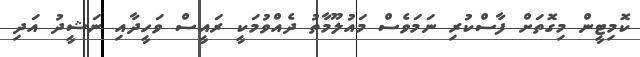
ކޮމިޓީން މިގޮތަށް ފާސްކުރި ނަމަވެސް މައުލޫމާތު ދެއްވުމަކީ ރައީސް ވަހީދާއި ނަޝީދު އަދި